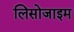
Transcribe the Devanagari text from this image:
लिसोजाइम